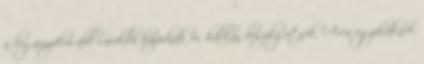
a legárnyékosabb sarokba húzódnak és halkan beszélgetnek. Arca egyiküknek